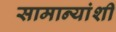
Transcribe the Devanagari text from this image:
सामान्यांशी